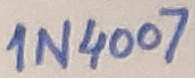
Text: 1N4007